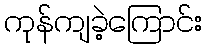
ကုန်ကျခဲ့ကြောင်း